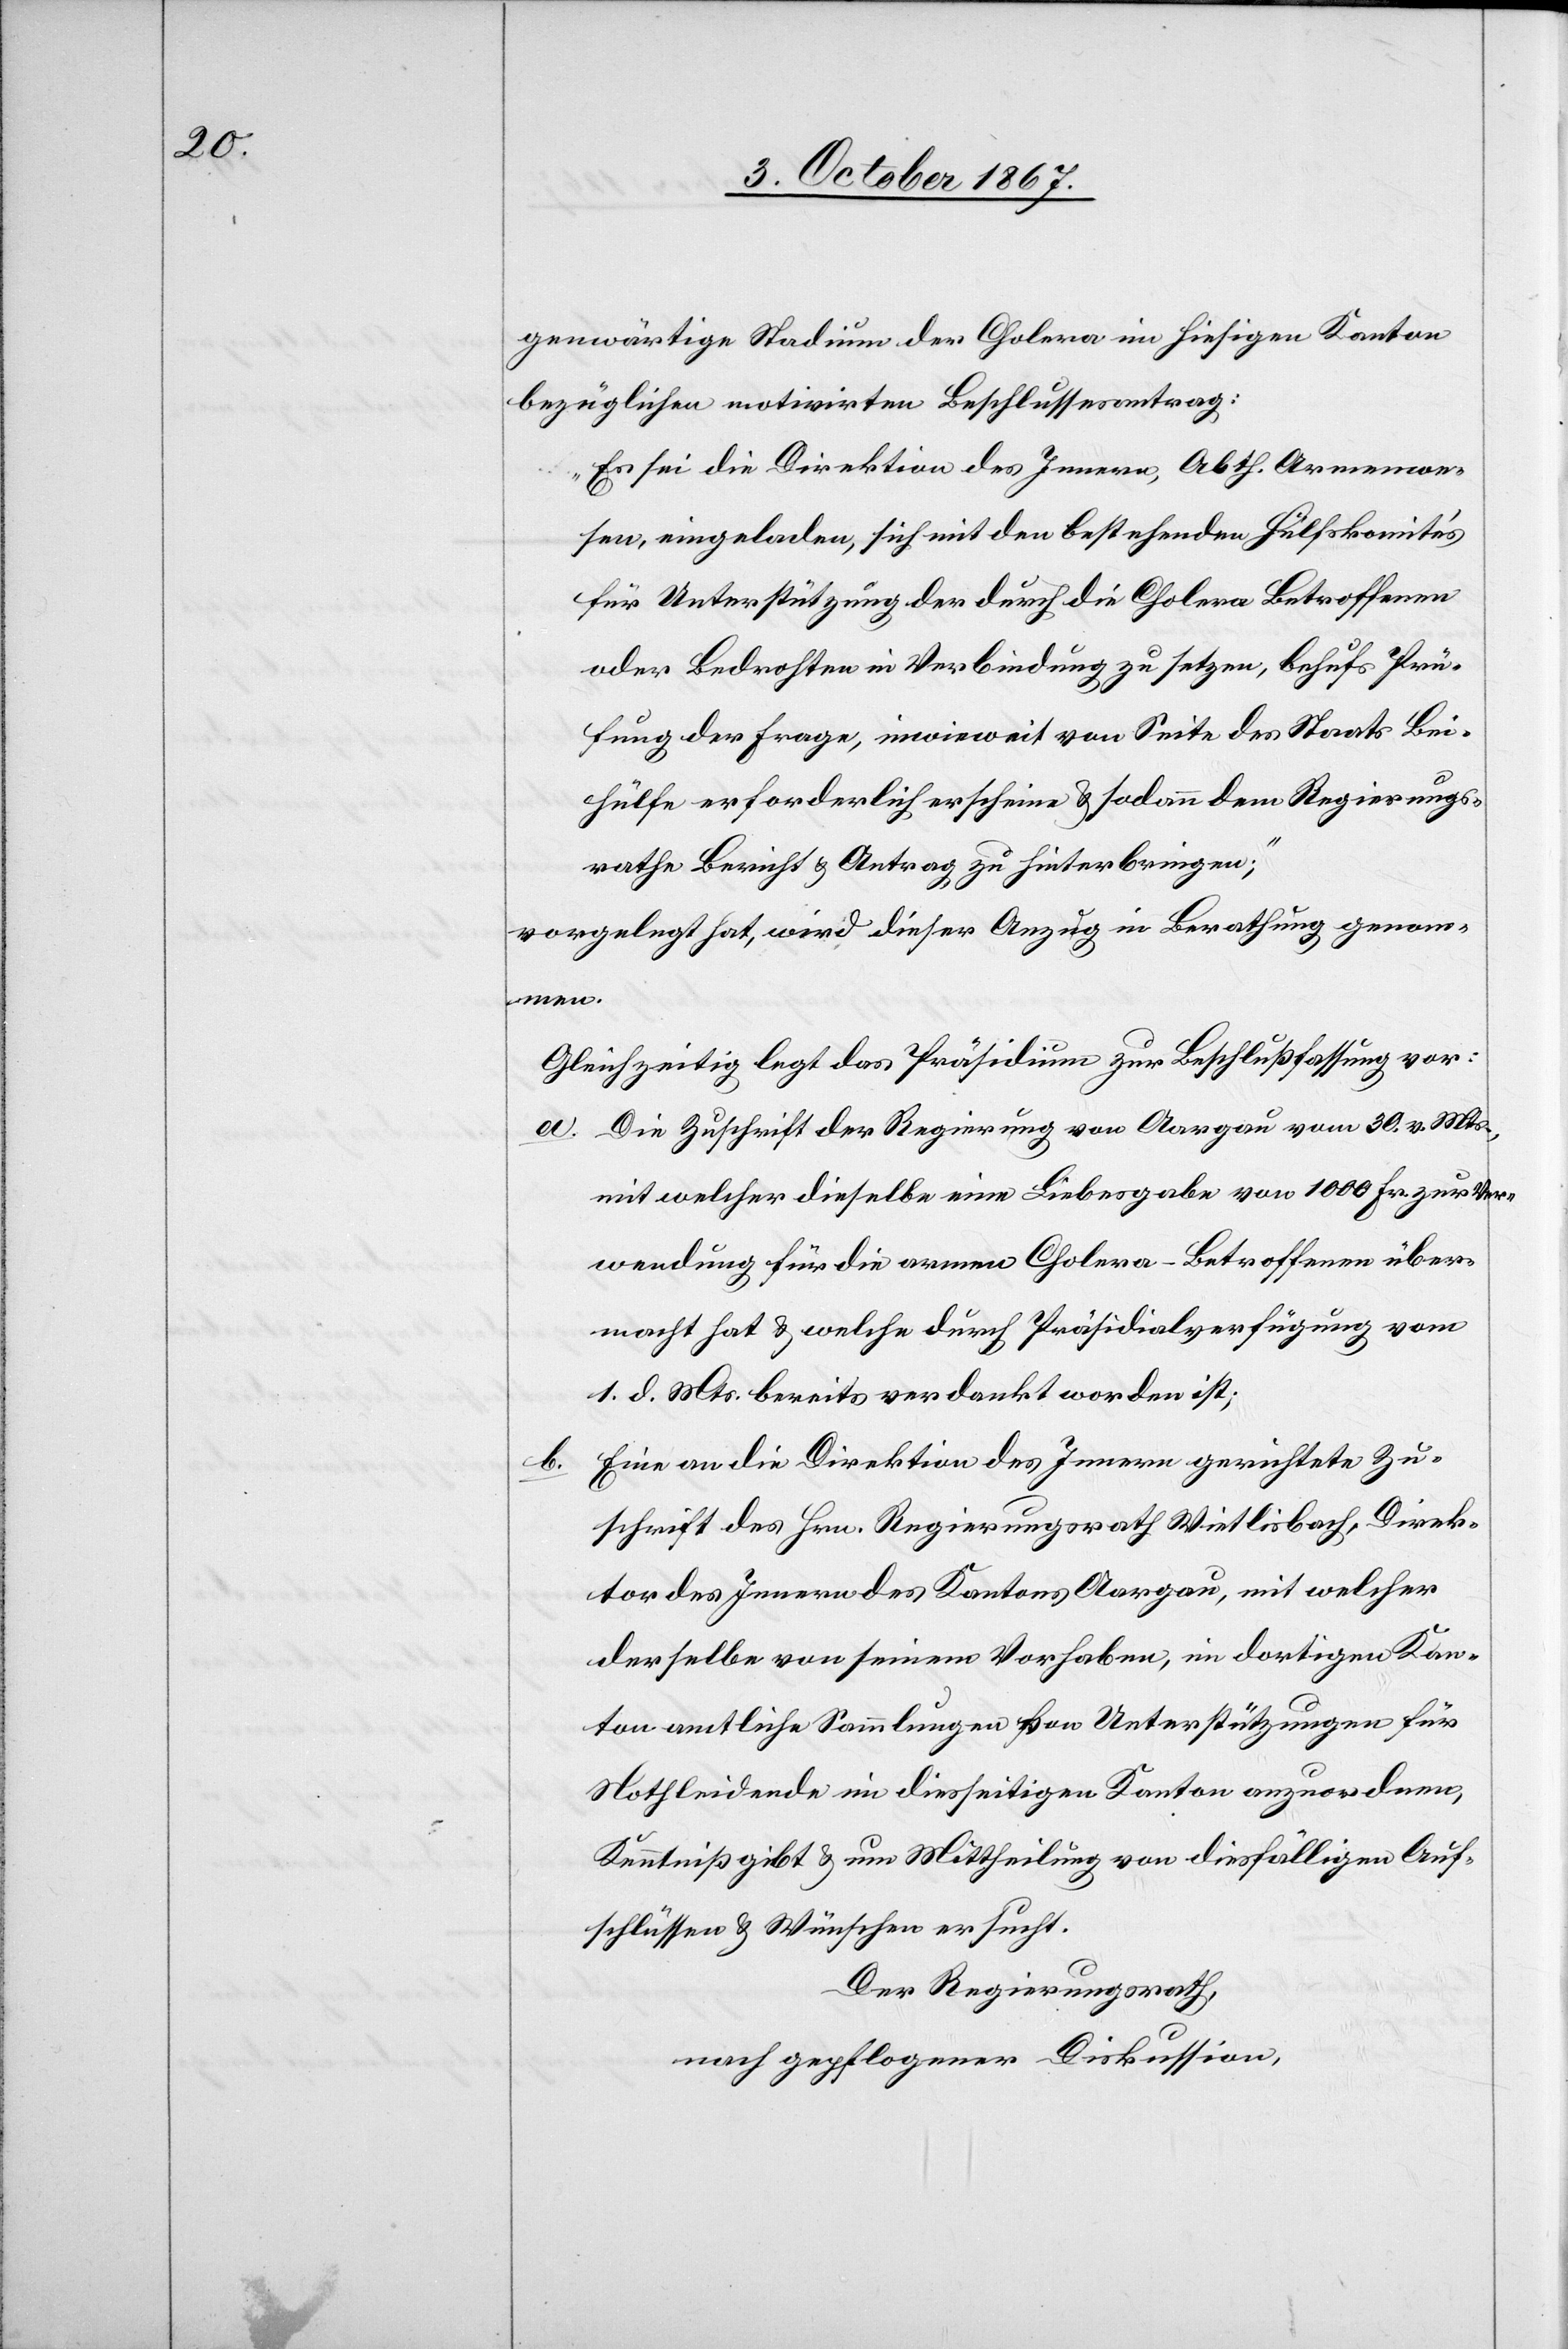
genwärtige Stadium der Cholera im hiesigen Kanton
bezügliche motivirten Beschlussesantrag:
„Es sei die Direktion des Innern, Abth. Armenwe¬
sen, eingeladen, sich mit den bestehenden Hülfskomités
für Unterstützung der durch die Cholera Betroffenen
oder Bedrohten in Verbindung zu setzen, behufs Prü¬
fung der Frage, inwieweit von Seite des Staats Bei¬
hülfe erforderlich erscheine u. sodann dem Regierungs¬
rathe Bericht u. Antrag zu hinterbringen;“
vorgelegt hat, wird dieser Anzug in Berathung genomm¬
en.
Gleichzeitig legt das Präsidium zur Beschlußfassung vor:
a. Die Zuschrift der Regierung von Aargau vom 30. v. Mts.,
mit welcher dieselbe eine Liebesgabe von 1000 Fr. zur Ver¬
wendung für die armen Cholera-Betroffenen über¬
macht u. welche durch Präsidialverfügung vom
1. d. Mts. bereits verdankt worden ist;
Eine an die Direktion des Innern gerichtete Zu¬
b.
schrift des Hrn. Regierungsrath Wietlisbach, Direk¬
tor des Innern des Kantons Aargau, mit welcher
derselbe von seinem Vorhaben, im dortigen Kan¬
ton amtliche Sammlungen von Unterstützungen für
Nothleidende im diesseitigen Kanton anzuordnen,
Kenntniß u. um Mittheilung von diesfälligen Auf¬
schlüssen u. Wünschen ersucht.
Der Regierungsrath,
nach gepflogener Diskussion,